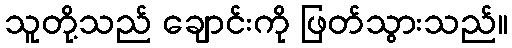
သူတို့သည် ချောင်းကို ဖြတ်သွားသည်။